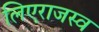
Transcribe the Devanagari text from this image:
लिएराजस्व